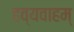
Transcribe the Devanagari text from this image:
हव्यवाहम्